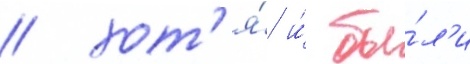
/ хот'я́ и́ бы́л'и